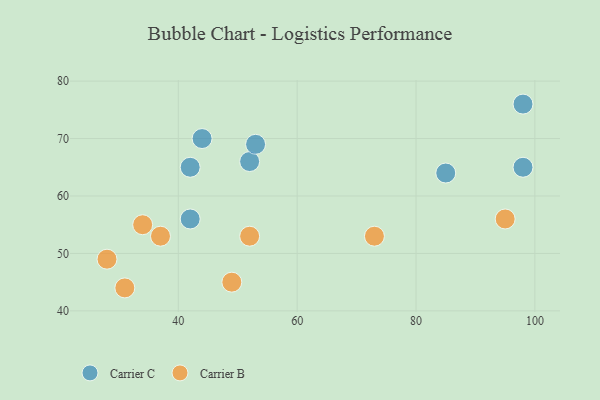
{"axis": {"x": "GDP", "y": "Life Expectancy"}, "legend": ["Carrier B", "Carrier C"], "data": [{"x": "52", "y": 66, "type": "Carrier C"}, {"x": "53", "y": 69, "type": "Carrier C"}, {"x": "44", "y": 70, "type": "Carrier C"}, {"x": "98", "y": 65, "type": "Carrier C"}, {"x": "42", "y": 56, "type": "Carrier C"}, {"x": "85", "y": 64, "type": "Carrier C"}, {"x": "98", "y": 76, "type": "Carrier C"}, {"x": "42", "y": 65, "type": "Carrier C"}, {"x": "52", "y": 53, "type": "Carrier B"}, {"x": "31", "y": 44, "type": "Carrier B"}, {"x": "95", "y": 56, "type": "Carrier B"}, {"x": "49", "y": 45, "type": "Carrier B"}, {"x": "73", "y": 53, "type": "Carrier B"}, {"x": "28", "y": 49, "type": "Carrier B"}, {"x": "34", "y": 55, "type": "Carrier B"}, {"x": "37", "y": 53, "type": "Carrier B"}]}